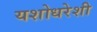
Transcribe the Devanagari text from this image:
यशोधरेशी